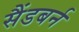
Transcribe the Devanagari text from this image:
सैंडबर्न